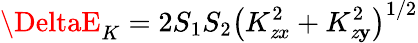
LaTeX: \DeltaE_{K}=2S_{1}S_{2}\big(K_{\mathit{z}x}^{2}+K_{\mathit{z}\mathbf{y}}^{2}\big)^{1/2}